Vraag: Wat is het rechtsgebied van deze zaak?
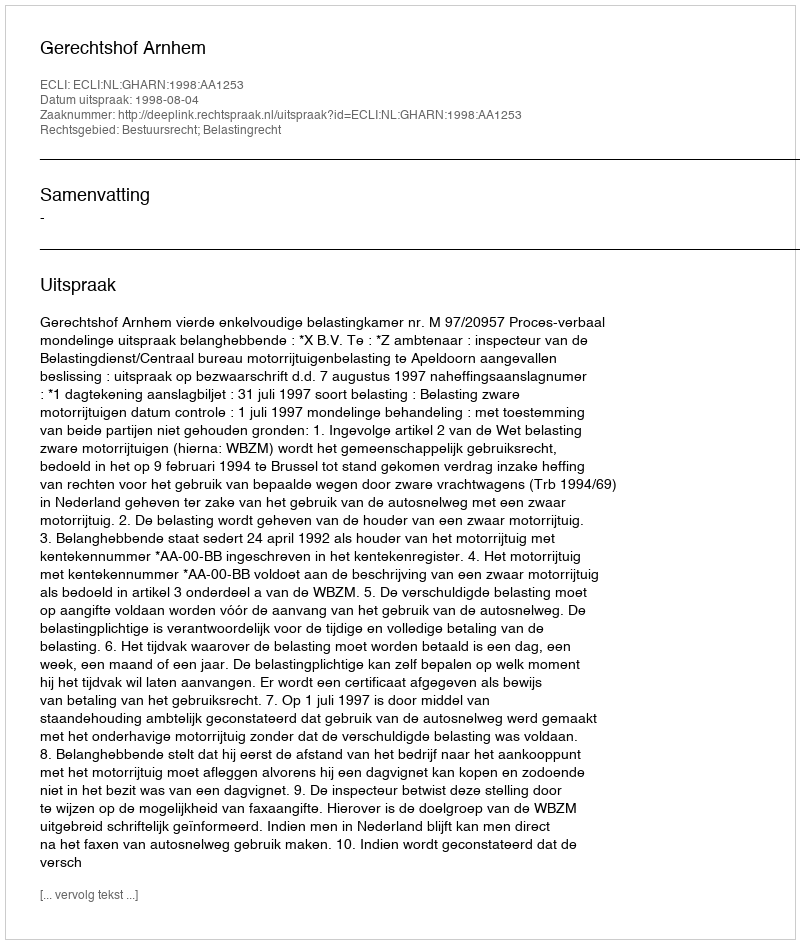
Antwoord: Bestuursrecht; Belastingrecht